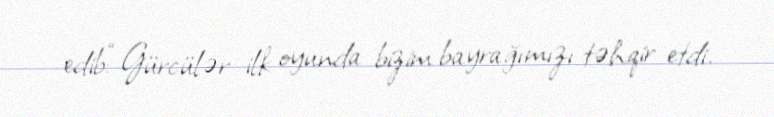
edib:“Gürcülər ilk oyunda bizim bayrağımızı təhqir etdi.